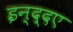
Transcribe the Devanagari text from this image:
इन्द्दए